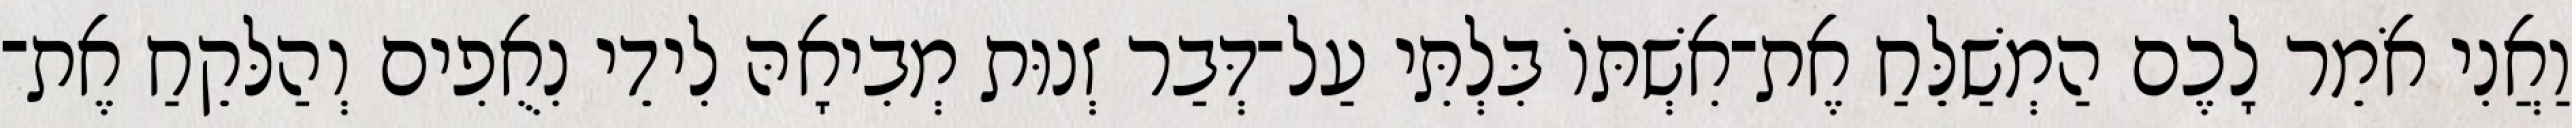
וַאֲנִי אֹמֵר לָכֶם הַמְשַׁלֵּחַ אֶת־אִשְׁתּוֹ בִּלְתִּי עַל־דְּבַר זְנוּת מְבִיאָהּ לִידֵי נִאֻפִים וְהַלּקֵחַ אֶת־